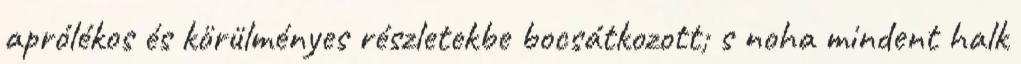
aprólékos és körülményes részletekbe bocsátkozott; s noha mindent halk